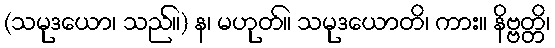
(သမုဒယော၊ သည်။) န၊ မဟုတ်။ သမုဒယောတိ၊ ကား။ နိဗ္ဗတ္တိ၊